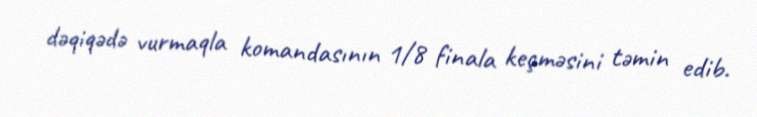
dəqiqədə vurmaqla komandasının 1/8 finala keçməsini təmin edib.